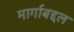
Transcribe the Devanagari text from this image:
मार्गाबद्दल